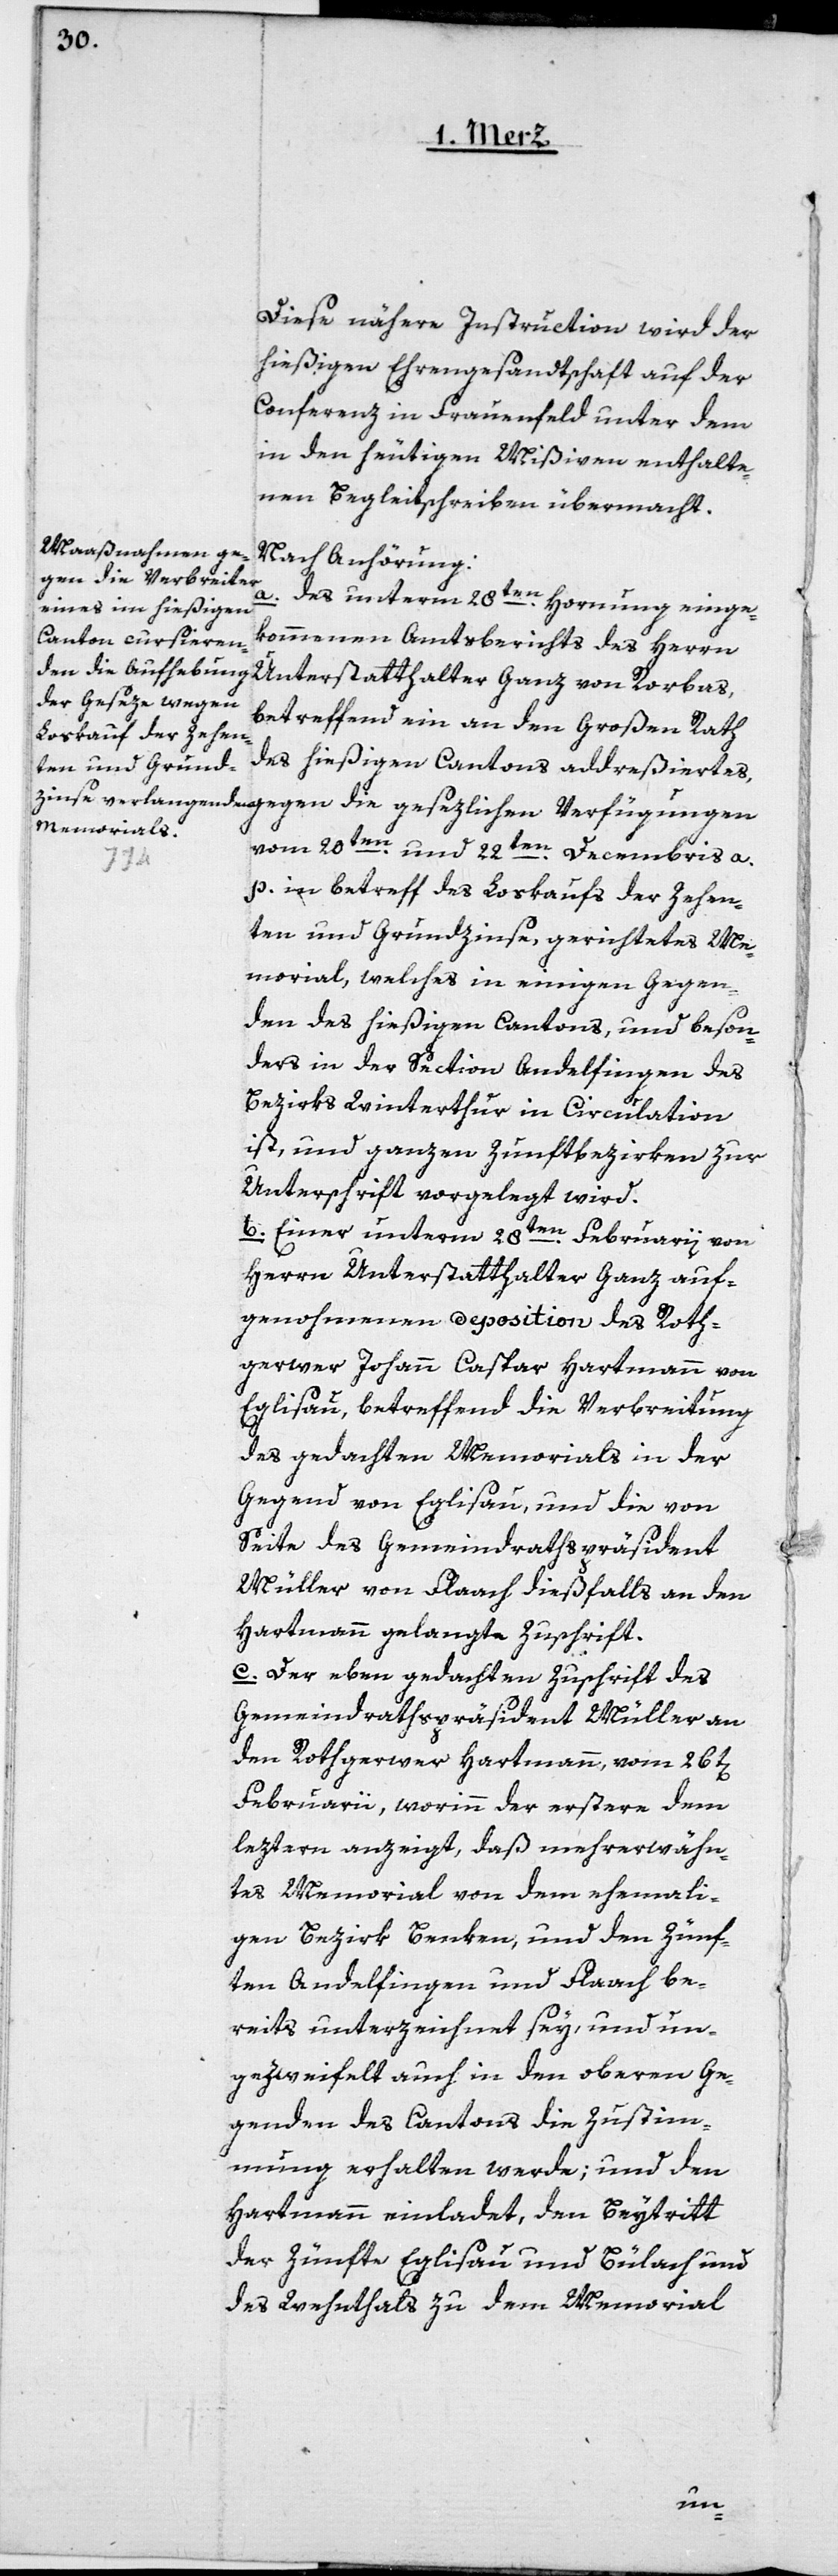
Diese nähere Instruction wird der
hießigen Ehrengesandtschaft auf der
Conferenz in Frauenfeld unter dem
in den heutigen Mißiven enthalte¬
nen Begleitschreiben übermacht.
Nach Anhörung:
des unterm 28ten Hornung einge¬
kommenen Amtsberichts des Herrn
Unterstatthalter Ganz von Rorbas,
betreffend ein an den Großen Rath
des hießigen Cantons adreßiertes,
vom 20ten und 22ten Decembris a.
a.
p. in Betreff des Loskaufs der Zehen¬
ten und Grundzinse, gerichtetes Me¬
morial, welches in einigen Gegen¬
den des hießigen Cantons, und beson¬
ders in der Section Andelfingen des
Bezirks Winterthur in Circulation
ist, und ganzen Zunftbezirken zur
Unterschrift vorgelegt wird.
b. Einer unterm 28ten Februarii von
Herrn Unterstatthalter Ganz auf¬
genommenen Deposition des Roth¬
gerwer Johann Caspar Hartmann von
Eglisau, betreffend die Verbreitung
des gedachten Memorials in der
Gegend von Eglisau, und die von
Seite des Gemeindrathspräsident
Müller von Flaach dießfalls an den
Hartmann gelangte Zuschrift.
c. Der eben gedachten Zuschrift des
Gemeindrathspräsident Müller an
den Rothgerwer Hartmann, vom 26t[en]
Februarii, worinn der erstere dem
leztern anzeigt, dass mehrerwähn¬
tes Memorial von dem ehemali¬
gen Bezirk Benken, und den Zünf¬
ten Andelfingen und Flaach be¬
reits unterzeichnet sey, und un¬
gezweifelt auch in den oberen Ge¬
genden des Cantons die Zustim¬
mung erhalten werde; und den
Hartmann einladet, den Beytritt
der Zünfte Eglisau und Bülach und
des Wehnthals zu dem Memorial